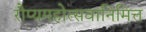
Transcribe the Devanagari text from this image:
रौप्यमहोत्सवानिमित्त